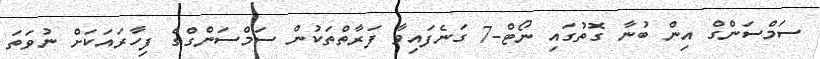
ސަމްސަންގް އިން ބުނާ ގޮތުގައި ނޯޓް-7 ގަނެފައިވާ ފަރާތްތަކުން ސަމްސަންގްގެ ފިހާރައަކަށް ނުވަތަ